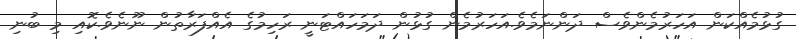
ގުޅުމެއްކަން އަހަރުމެންވެސް ދަންނަމެވެ.އަހަރުމެން ގުޅުން ދަމަހައްޓަނީ ރަހިމުގެ އެއްފަރާތުން ނޫނެވެ.ކޮއި މި ބުނި